Source: Handwritten
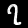
Digit: ၇ (7)